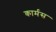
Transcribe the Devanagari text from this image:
कार्मस